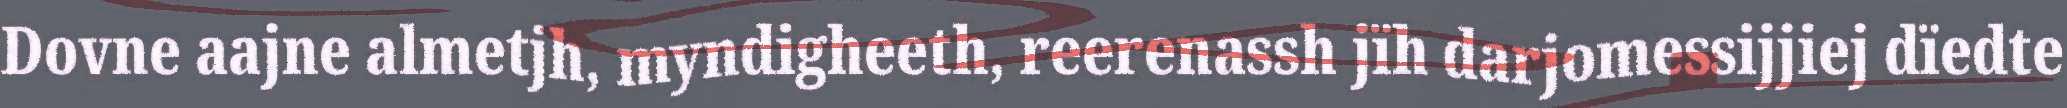
Dovne aajne almetjh, myndigheeth, reerenassh jïh darjomessijjiej dïedte